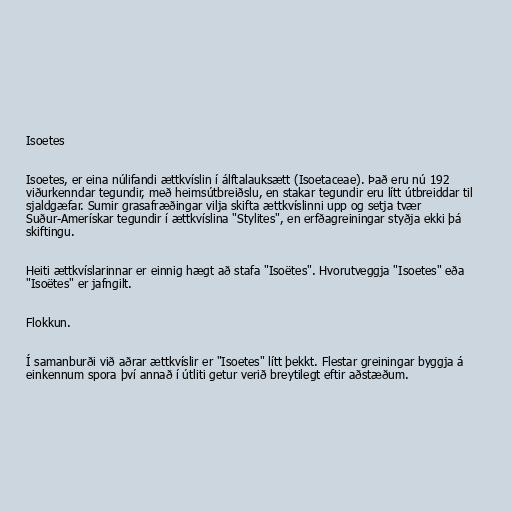
Isoetes

Isoetes, er eina núlifandi ættkvíslin í álftalauksætt (Isoetaceae). Það eru nú 192
viðurkenndar tegundir, með heimsútbreiðslu, en stakar tegundir eru lítt útbreiddar til
sjaldgæfar. Sumir grasafræðingar vilja skifta ættkvíslinni upp og setja tvær
Suður-Amerískar tegundir í ættkvíslina "Stylites", en erfðagreiningar styðja ekki þá
skiftingu.

Heiti ættkvíslarinnar er einnig hægt að stafa "Isoëtes". Hvorutveggja "Isoetes" eða
"Isoëtes" er jafngilt.

Flokkun.

Í samanburði við aðrar ættkvíslir er "Isoetes" lítt þekkt. Flestar greiningar byggja á
einkennum spora því annað í útliti getur verið breytilegt eftir aðstæðum.